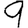
Digit: 9